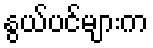
နွယ်ပင်များက